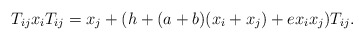
\begin{gather*}T_{ij} x_i T_{ij} =x_j+ (h+(a+b)(x_i+x_j)+e x_i x_j) T_{ij}.\end{gather*}